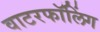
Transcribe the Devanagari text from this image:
वाटरफॉलिंग